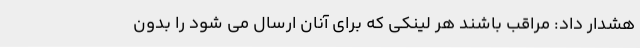
هشدار داد: مراقب باشند هر لینکی که برای آنان ارسال می شود را بدون